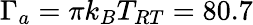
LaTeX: \Gamma_{a}=\pi k_{B}T_{RT}=80.7